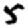
Digit: 5